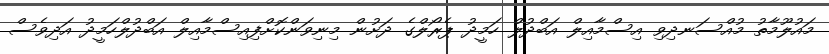
މައުލޫމާތު މުއްސަނދިވި އިސްމާއިިލް އަބްދުލް ހަމީދު ޕެރޯލްގެ ދަށުން މިނިވަންކޮށްފިއިސްމާއިލް އަބްދުލްހަމީދު އަދިވެސް